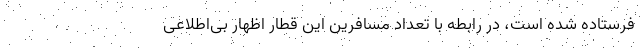
فرستاده شده است، در رابطه با تعداد مسافرین این قطار اظهار بی‌اطلاعی